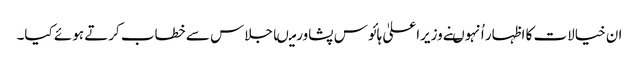
ان خیالات کا اظہار اُنہوںنے وزیراعلیٰ ہائوس پشاورمیںاجلاس سے خطاب کرتے ہوئے کیا۔